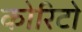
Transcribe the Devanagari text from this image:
कोरिटो